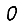
Digit: 0